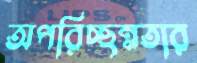
অপরিচ্ছন্নতার